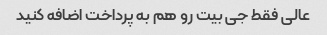
عالی فقط جی بیت رو هم به پرداخت اضافه کنید